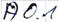
Text: A0.1